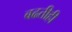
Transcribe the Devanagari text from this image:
बढतीही